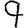
Digit: 9